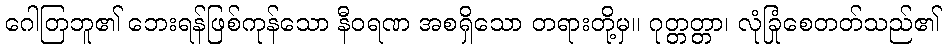
ဂေါတြဘူ၏ ဘေးရန်ဖြစ်ကုန်သော နီဝရဏ အစရှိသော တရားတို့မှ။ ဂုတ္တတ္တာ၊ လုံခြုံစေတတ်သည်၏